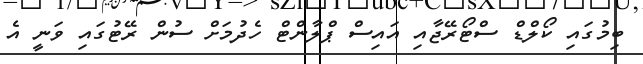
ބިމުގައި ކޯލްޑް ސްޓޯރޭޖާއި އައިސް ޕްލާންޓް ހެދުމަށް ސުން ރޭޓުގައި ވަނީ އެ